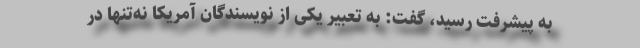
به پیشرفت رسید، گفت: به تعبیر یکی از نویسندگان آمریکا نه‌تنها در